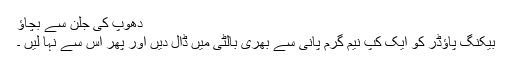
دھوپ کی جلن سے بچاؤ
بیکنگ پاؤڈر کو ایک کپ نیم گرم پانی سے بھری بالٹی میں ڈال دیں اور پھر اس سے نہا لیں ۔